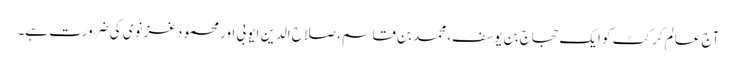
آج عالمِ کرکٹ کو ایک حجاج بن یوسف، محمد بن قاسم، صلاح الدین ایوبی اور محمود غزنوی کی ضرورت ہے۔